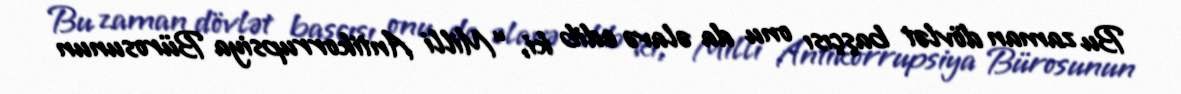
Bu zaman dövlət başçısı onu da əlavə edib ki, “Milli Antikorrupsiya Bürosunun